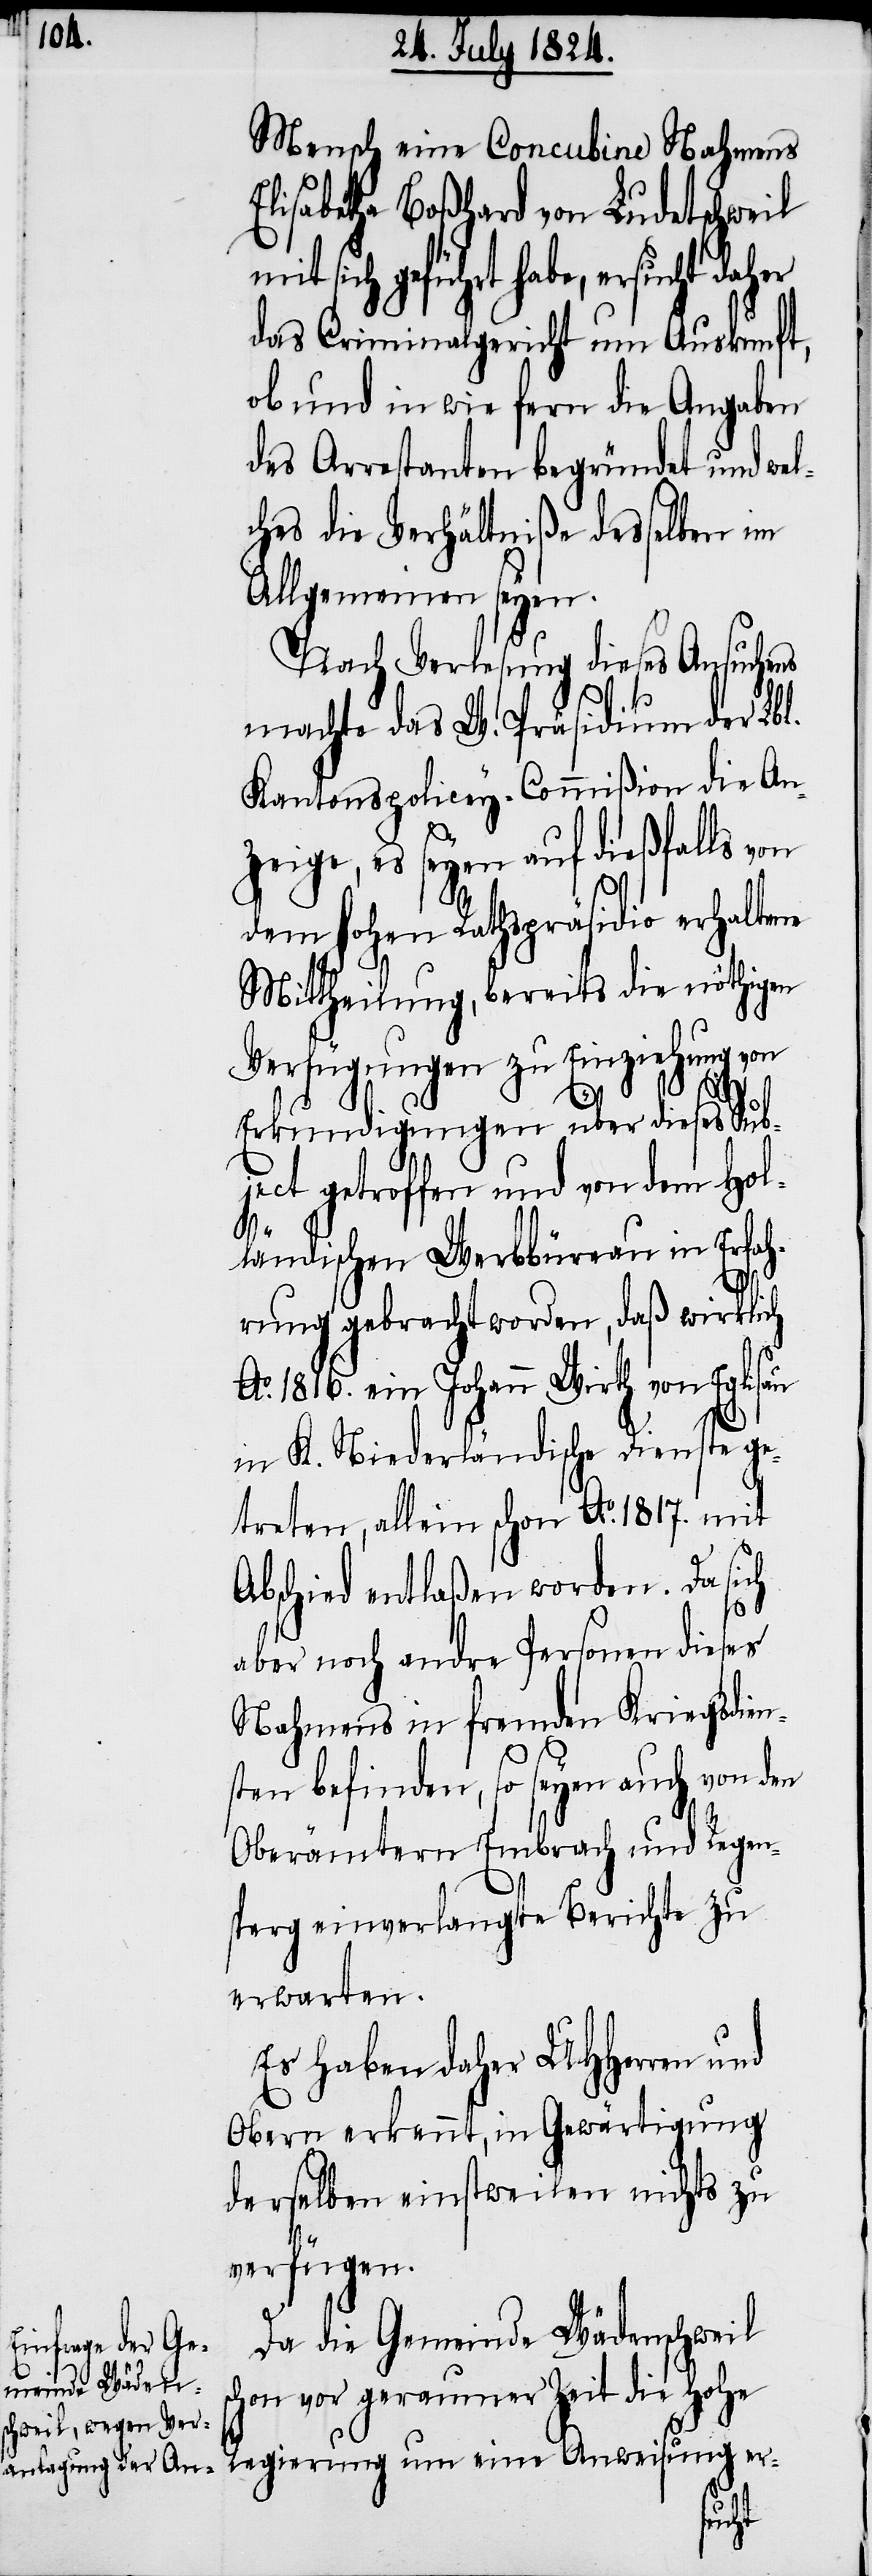
Mensch eine Concubine Nahmens
Elisabetha Boßhard von Ludetschweil
mit sich geführt habe, ersucht daher
das Criminalgericht um Auskunft,
ob und in wie fern die Angaben
des Arrestanten begründet und wel¬
ches die Verhältniße desselben im
Allgemeinen seyen.
Nach Verlesung dieses Ansuchens
machte das W. Präsidium der Lbl.
Kantons-Policey-Commißion die An¬
zeige, es seyen auf dießfalls von
dem hohen Rathspräsidio erhaltene
Mittheilung, bereits die nöthigen
Verfügungen zu Einziehung von
Erkundigungen über dieses Sub¬
ject getroffen und von dem Hol¬
s¬
ländischen Werbbüreau in Erfah¬
rung gebracht worden, daß wirklich
Ao. 1816. ein Johann Wirth von Eglisau
in K. Niederländische Dienste ge¬
treten, allein schon Ao. 1817. mit
Abschied entlaßen worden. Da sich
aber noch andre Personen dieses
Nahmens in fremden Kriegsdien¬
sten befinden, so seyen auch von den
Oberämtern Embrach und Regen¬
sperg einverlangte Berichte zu
erwarten.
Es haben daher UHHerren und
Obern erkennt, in Gewärtigung
derselben einstweilen nichts zu
verfügen.
Da die Gemeinde Wädenschweil
chon vor geraumer Zeit die Hohe
Regierung um eine Anweisung er-